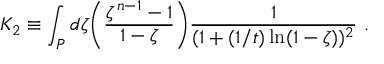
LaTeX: K _ { 2 } \equiv \int _ { P } d \zeta \biggl ( { \frac { \zeta ^ { n - 1 } - 1 } { 1 - \zeta } } \biggr ) { \frac { 1 } { ( 1 + ( 1 / t ) \ln ( 1 - \zeta ) ) ^ { 2 } } } \ .